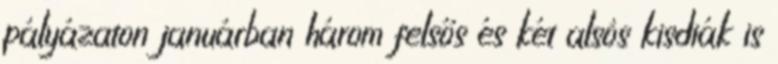
pályázaton januárban három felsős és két alsós kisdiák is